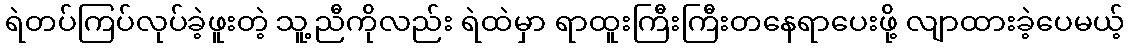
ရဲတပ်ကြပ်လုပ်ခဲ့ဖူးတဲ့ သူ့ညီကိုလည်း ရဲထဲမှာ ရာထူးကြီးကြီးတနေရာပေးဖို့ လျာထားခဲ့ပေမယ့်